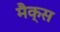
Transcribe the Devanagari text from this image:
मैक्‍स